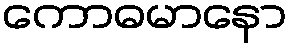
ကောဓမာနော